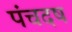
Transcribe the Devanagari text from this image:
पंचदष